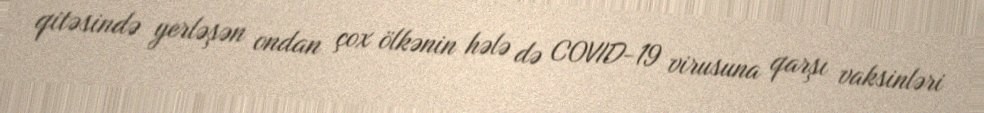
qitəsində yerləşən ondan çox ölkənin hələ də COVID-19 virusuna qarşı vaksinləri